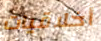
أخلاقيات